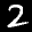
Label: 2